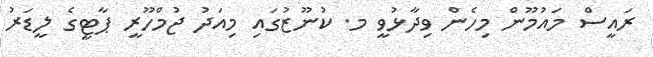
ރައީސް މައުމޫން މިހެން ވިދާޅުވީ މ. ކުނޫޒުގައި މިއަދު ޖުމްހޫރީ ޕާޓީގެ ލީޑަރު